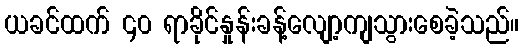
ယခင်ထက် ၄၀ ရာခိုင်နှုန်းခန့်လျော့ကျသွားစေခဲ့သည်။